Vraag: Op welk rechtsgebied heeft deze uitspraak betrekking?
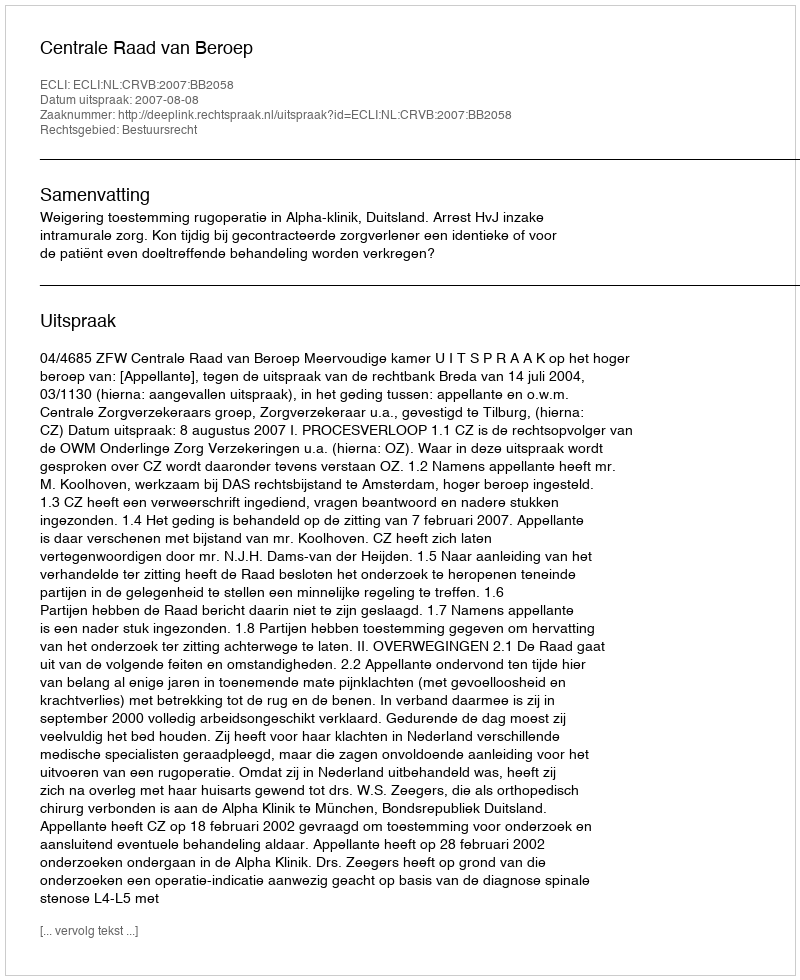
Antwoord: Bestuursrecht